Report of the Indian Hemp Drugs Commission, 1894-1895 - Volume IV
Year: 1894
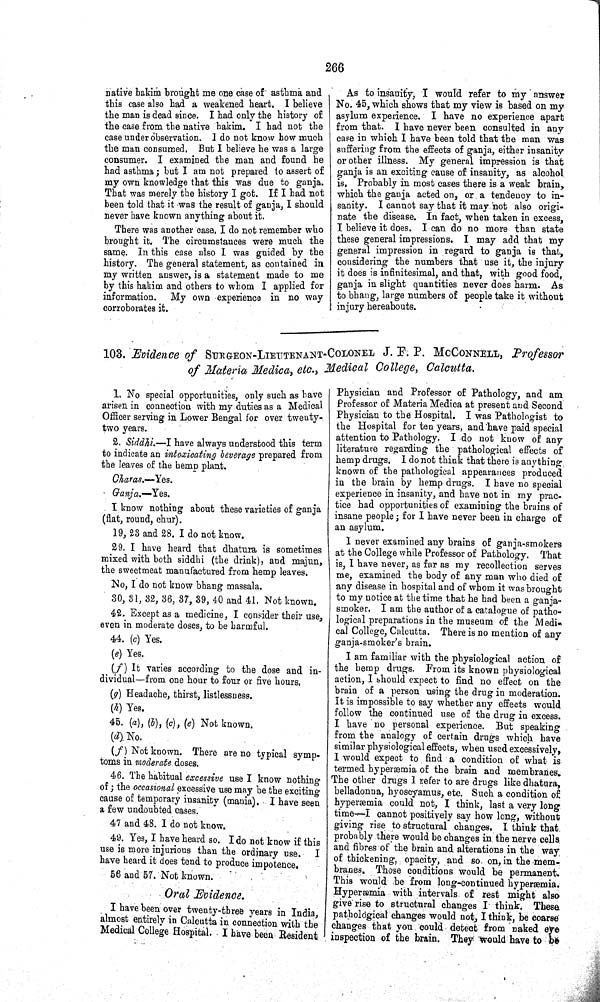
266
native hakim brought me one case of asthma and
this case also had a weakened heart. I believe
the man is dead since. I had only the history of
the case from the native hakim. I had not the
case under observation. I do not know how much
the man consumed. But I believe he was a large
consumer. I examined the man and found he
had asthma; but I am not prepared to assert of
my own knowledge that this was due to ganja.
That was merely the history I got. If I had not
been told that it was the result of ganja, I should
never have known anything about it.
There was another case. I do not remember who
brought it. The circumstances were much the
same. In this case also I was guided by the
history. The general statement, as contained in
my written answer, is a statement made to me
by this hakim and others to whom I applied for
information.
My own experience in no way
corroborates it.
As to insanity, I would refer to my answer
No. 45, which shows that my view is based on my
asylum experience. I have no experience apart
from that. I have never been consulted in any
case in which I have been told that the man was
suffering from the effects of ganja, either insanity
or other illness. My general impression is that
ganja is an exciting cause of insanity, as alcohol
is. Probably in most cases there is a weak brain,
which the ganja acted on, or a tendency to in-
sanity. I cannot say that it may hot also origi-
nate the disease. In fact, when taken in excess,
I believe it does. I can do no more than state
these general impressions. I may add that my
general impression in regard to ganja is that,
considering the numbers that use it, the injury
it does is infinitesimal, and that, with good food,
ganja in slight quantities never does harm. As
to bhang, large numbers of people take it without
injury hereabouts.
103. Evidence of SURGEON-LIEUTENANT-COLONEL J. F. P. MCCONNELL, Professor
of Materia Medica, etc., Medical College, Calcutta.
1. No special opportunities, only such as have
arisen in connection with my duties as a Medical
Officer serving in Lower Bengal for over twenty-
two years.
2. Siddhi.—I have always understood this term
to indicate an intoxicating beverage prepared from
the leaves of the hemp plant.
Charas.—Yes.
Ganja.—Yes.
I know nothing about these varieties of ganja
(flat, round, chur).
19, 23 and 28. I do not know.
29. I have heard that dhatura is sometimes
mixed with both siddhi (the drink), and majun,
the sweetmeat manufactured from hemp leaves.
No, I do not know bhang massala.
30, 31, 32, 36, 37, 39, 40 and 41. Not known.
42. Except as a medicine, I consider their use,
even in moderate doses, to be harmful.
44. (c) Yes.
(e) Yes.
(f) It varies according to the dose and in-
dividual—from one hour to four or five hours.
(g) Headache, thirst, listlessness.
(h) Yes.
45. (a), (b), (c), (e) Not known.
(d) No.
(f) Not known. There are no typical symp-
toms in moderate doses.
46. The habitual excessive use I know nothing
of; the occasional excessive use may be the exciting
cause of temporary insanity (mania). I have seen
a few undoubted cases.
47 and 48. I do not know.
49. Yes, I have heard so. I do not know if this
use is more injurious than the ordinary use.
I
have heard it does tend to produce impotence.
56 and 57. Not known.
Oral Evidence.
I have been over twenty-three years in India,
almost entirely in Calcutta in connection with the
Medical College Hospital. I have been Resident
Physician and Professor of Pathology, and am
Professor of Materia Medica at present and Second
Physician to the Hospital. I was Pathologist to
the Hospital for ten years, and have paid special
attention to Pathology. I do not know of any
literature regarding the pathological effects of
hemp drugs. I do not think that there is anything
known of the pathological appearances produced
in the brain by hemp drugs. I have no special
experience in insanity, and have not in my prac-
tice had opportunities of examining the brains of
insane people; for I have never been in charge of
an asylum.
I never examined any brains of ganja-smokers
at the College while Professor of Pathology. That
is, I have never, as far as my recollection serves
me, examined the body of any man who died of
any disease in hospital and of whom it was brought
to my notice at the time that he had been a ganja-
smoker. I am the author of a catalogue of patho-
logical preparations in the museum of the Medi-
cal College, Calcutta. There is no mention of any
ganja-smoker's brain.
I am familiar with the physiological action of
the hemp drugs. From its known physiological
action, I should expect to find no effect on the
brain of a person using the drug in moderation.
It is impossible to say whether any effects would
follow the continued use of the drug in excess.
I have no personal experience. But speaking
from the analogy of certain drugs which have
similar physiological effects, when used excessively,
I would expect to find a condition of what is
termed hyperæmia of the brain and membranes.
The other drugs I refer to are drugs like dhatura,
belladonna, hyoscyamus, etc. Such a condition of
hyperæmia could not, I think, last a very long
time—I cannot positively say how long, without
giving rise to structural changes. I think that.
probably there would be changes in the nerve cells
and fibres of the brain and alterations in the way
of thickening, opacity, and so on, in the mem-
branes. Those conditions would be permanent.
This would be from long-continued hyperæmia.
Hyperæmia with intervals of rest might also
give rise to structural changes I think. These
pathological changes would not, I think, be coarse
changes that you could detect from naked eye
inspection of the brain. They would have to be